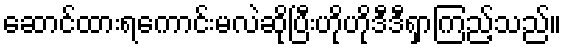
ဆောင်ထားရကောင်းမလဲဆိုပြီးဟိုဟိုဒီဒီရှာကြည့်သည်။